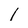
Character: 1